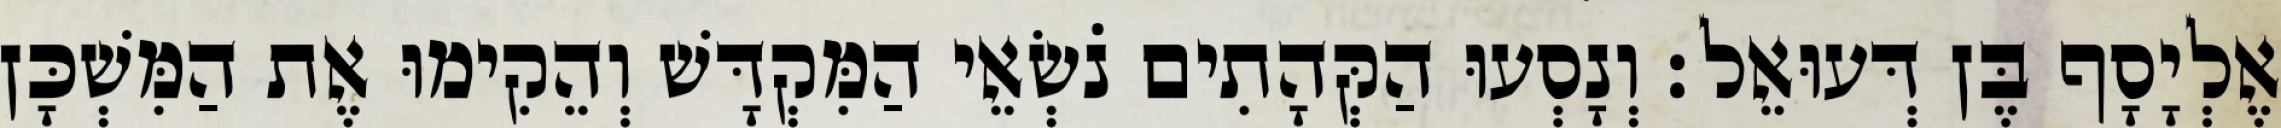
אֶלְיָסָף בֶּן דְּעוּאֵל׃ וְנָסְעוּ הַקְּהָתִים נֹשְׂאֵי הַמִּקְדָּשׁ וְהֵקִימוּ אֶת הַמִּשְׁכָּן